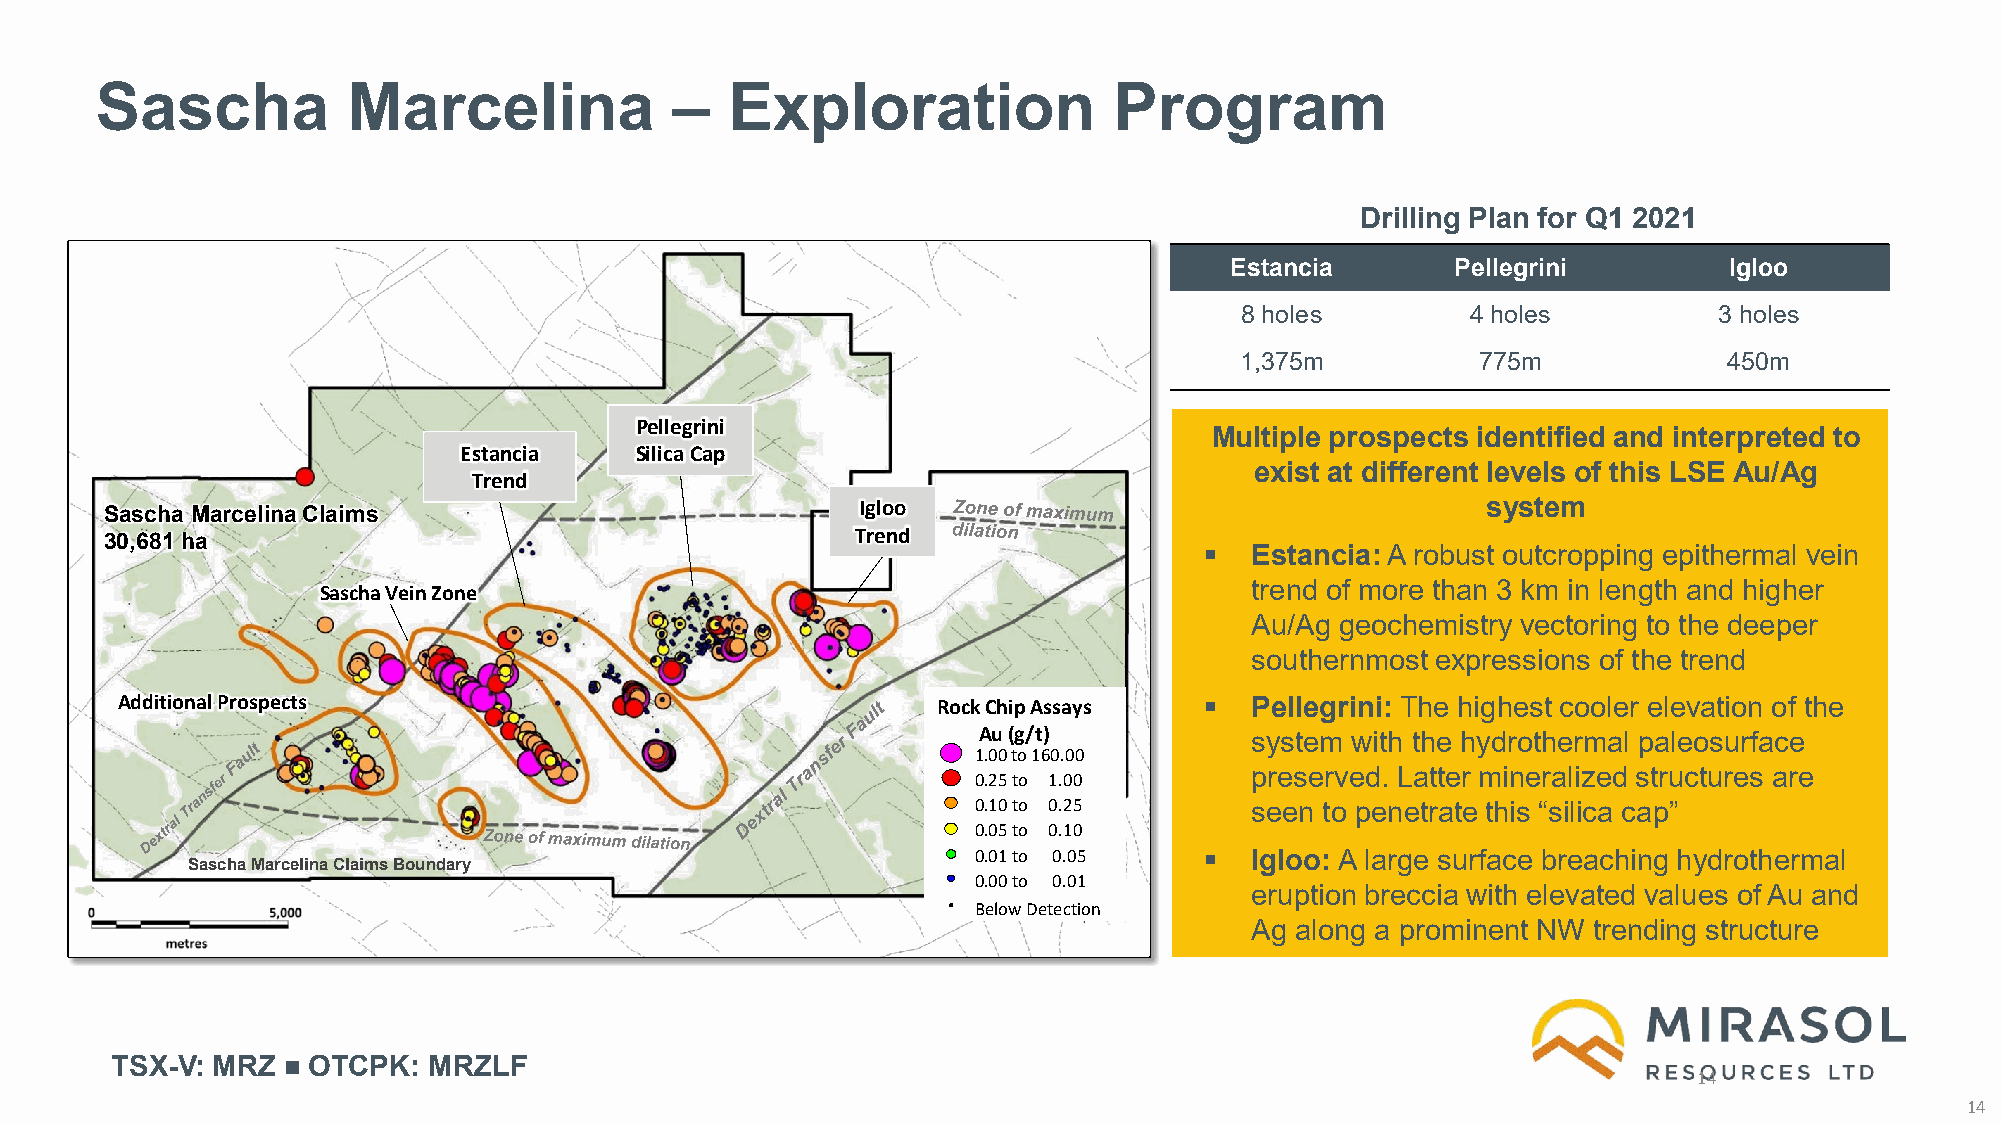
Sascha           Marcelina             –  Exploration               Program
 Drilling Plan for Q1 2021
 Estancia       Pellegrini        Igloo
 8 holes        4 holes          3 holes
 1,375m          775m            450m
 All Samples  Au       Ag
 Max Value  27.7 g/t 121 g/t
 Estancia and Igloo Trend
 AveraPgee lvleaglurieni 0.56 g/t 3.9 g/t
 New Rock Chip Assays                                              Multiple prospects identified and interpreted to
 Estancia    Silica Cap
 exist at different levels of this LSE Au/Ag
 Trend
 Igloo                                    system
 Sascha Marcelina Claims
 Trend
 30,681 ha
   Estancia:A robust outcropping epithermal vein
 Sascha Vein Zone                                              trend of more than 3 km in length and higher
 Au/Ag geochemistry vectoring to the deeper
 southernmost expressions of the trend
 Additional Prospects                                  Rock Chip Assays    Pellegrini: The highest cooler elevation of the
 Au (g/t)
 system with the hydrothermal paleosurface
 1.00 to 160.00
 0.25 to 1.00      preserved. Latter mineralized structures are
 0.10 to 0.25      seen to penetrate this “silica cap”
 0.05 to 0.10
 0.01 to 0.05     Igloo: A large surface breaching hydrothermal
 Sascha Marcelina Claims Boundary
 0.00 to 0.01
 eruption breccia with elevated values of Au and
 Below Detection
 Ag along a prominent NW trending structure
 TSX-V: MRZ   OTCPK:  MRZLF
 14
 14